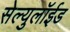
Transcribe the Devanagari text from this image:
सेल्युलॉईड